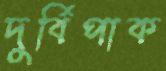
দুর্বিপাক